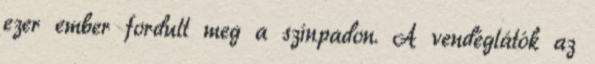
ezer ember fordult meg a színpadon. A vendéglátók az